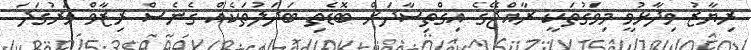
ރިޔާޒު ވިދާޅުވީ މިވަގުތަކީ ރާއްޖޭގެ އިގްތިސާދަށް ބޮޑެތި ބަދަލުތަކެއް ގެނެސް ރިޒާވް ވަރުގަދަ